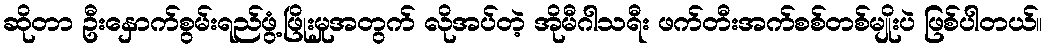
ဆိုတာ ဦးနှောက်စွမ်းရည်ဖွံ့ဖြိုးမှုအတွက် လိုအပ်တဲ့ အိုမီဂါသရီး ဖက်တီးအက်စစ်တစ်မျိုးပဲ ဖြစ်ပါတယ်။